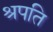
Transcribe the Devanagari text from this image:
श्रपति